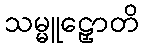
သမ္မူဠှောတိ